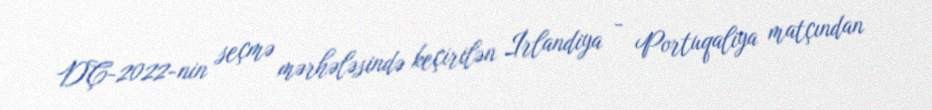
DÇ-2022-nin seçmə mərhələsində keçirilən İrlandiya - Portuqaliya matçından